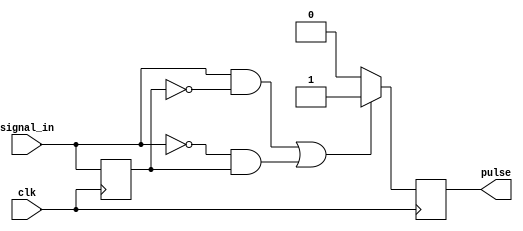
module pulse_edge_detector (
    input wire clk,       // Clock signal
    input wire signal_in, // Input signal to detect edges
    output reg pulse      // Output pulse indicating edge detection
);

    // Memory block to hold the previous state of the input signal
    reg signal_prev;

    // Initialize the previous state on reset
    initial begin
        signal_prev = 1'b0; // Initialize to low
        pulse = 1'b0;       // Initialize pulse to low
    end

    // Edge detection logic
    always @(posedge clk) begin
        // Generate a pulse if there's a rising or falling edge
        if ((signal_in && !signal_prev) || (!signal_in && signal_prev)) begin
            pulse <= 1'b1; // Set pulse high for edge detection
        end else begin
            pulse <= 1'b0; // Reset pulse to low otherwise
        end
        // Update previous state with current state
        signal_prev <= signal_in;
    end

endmodule